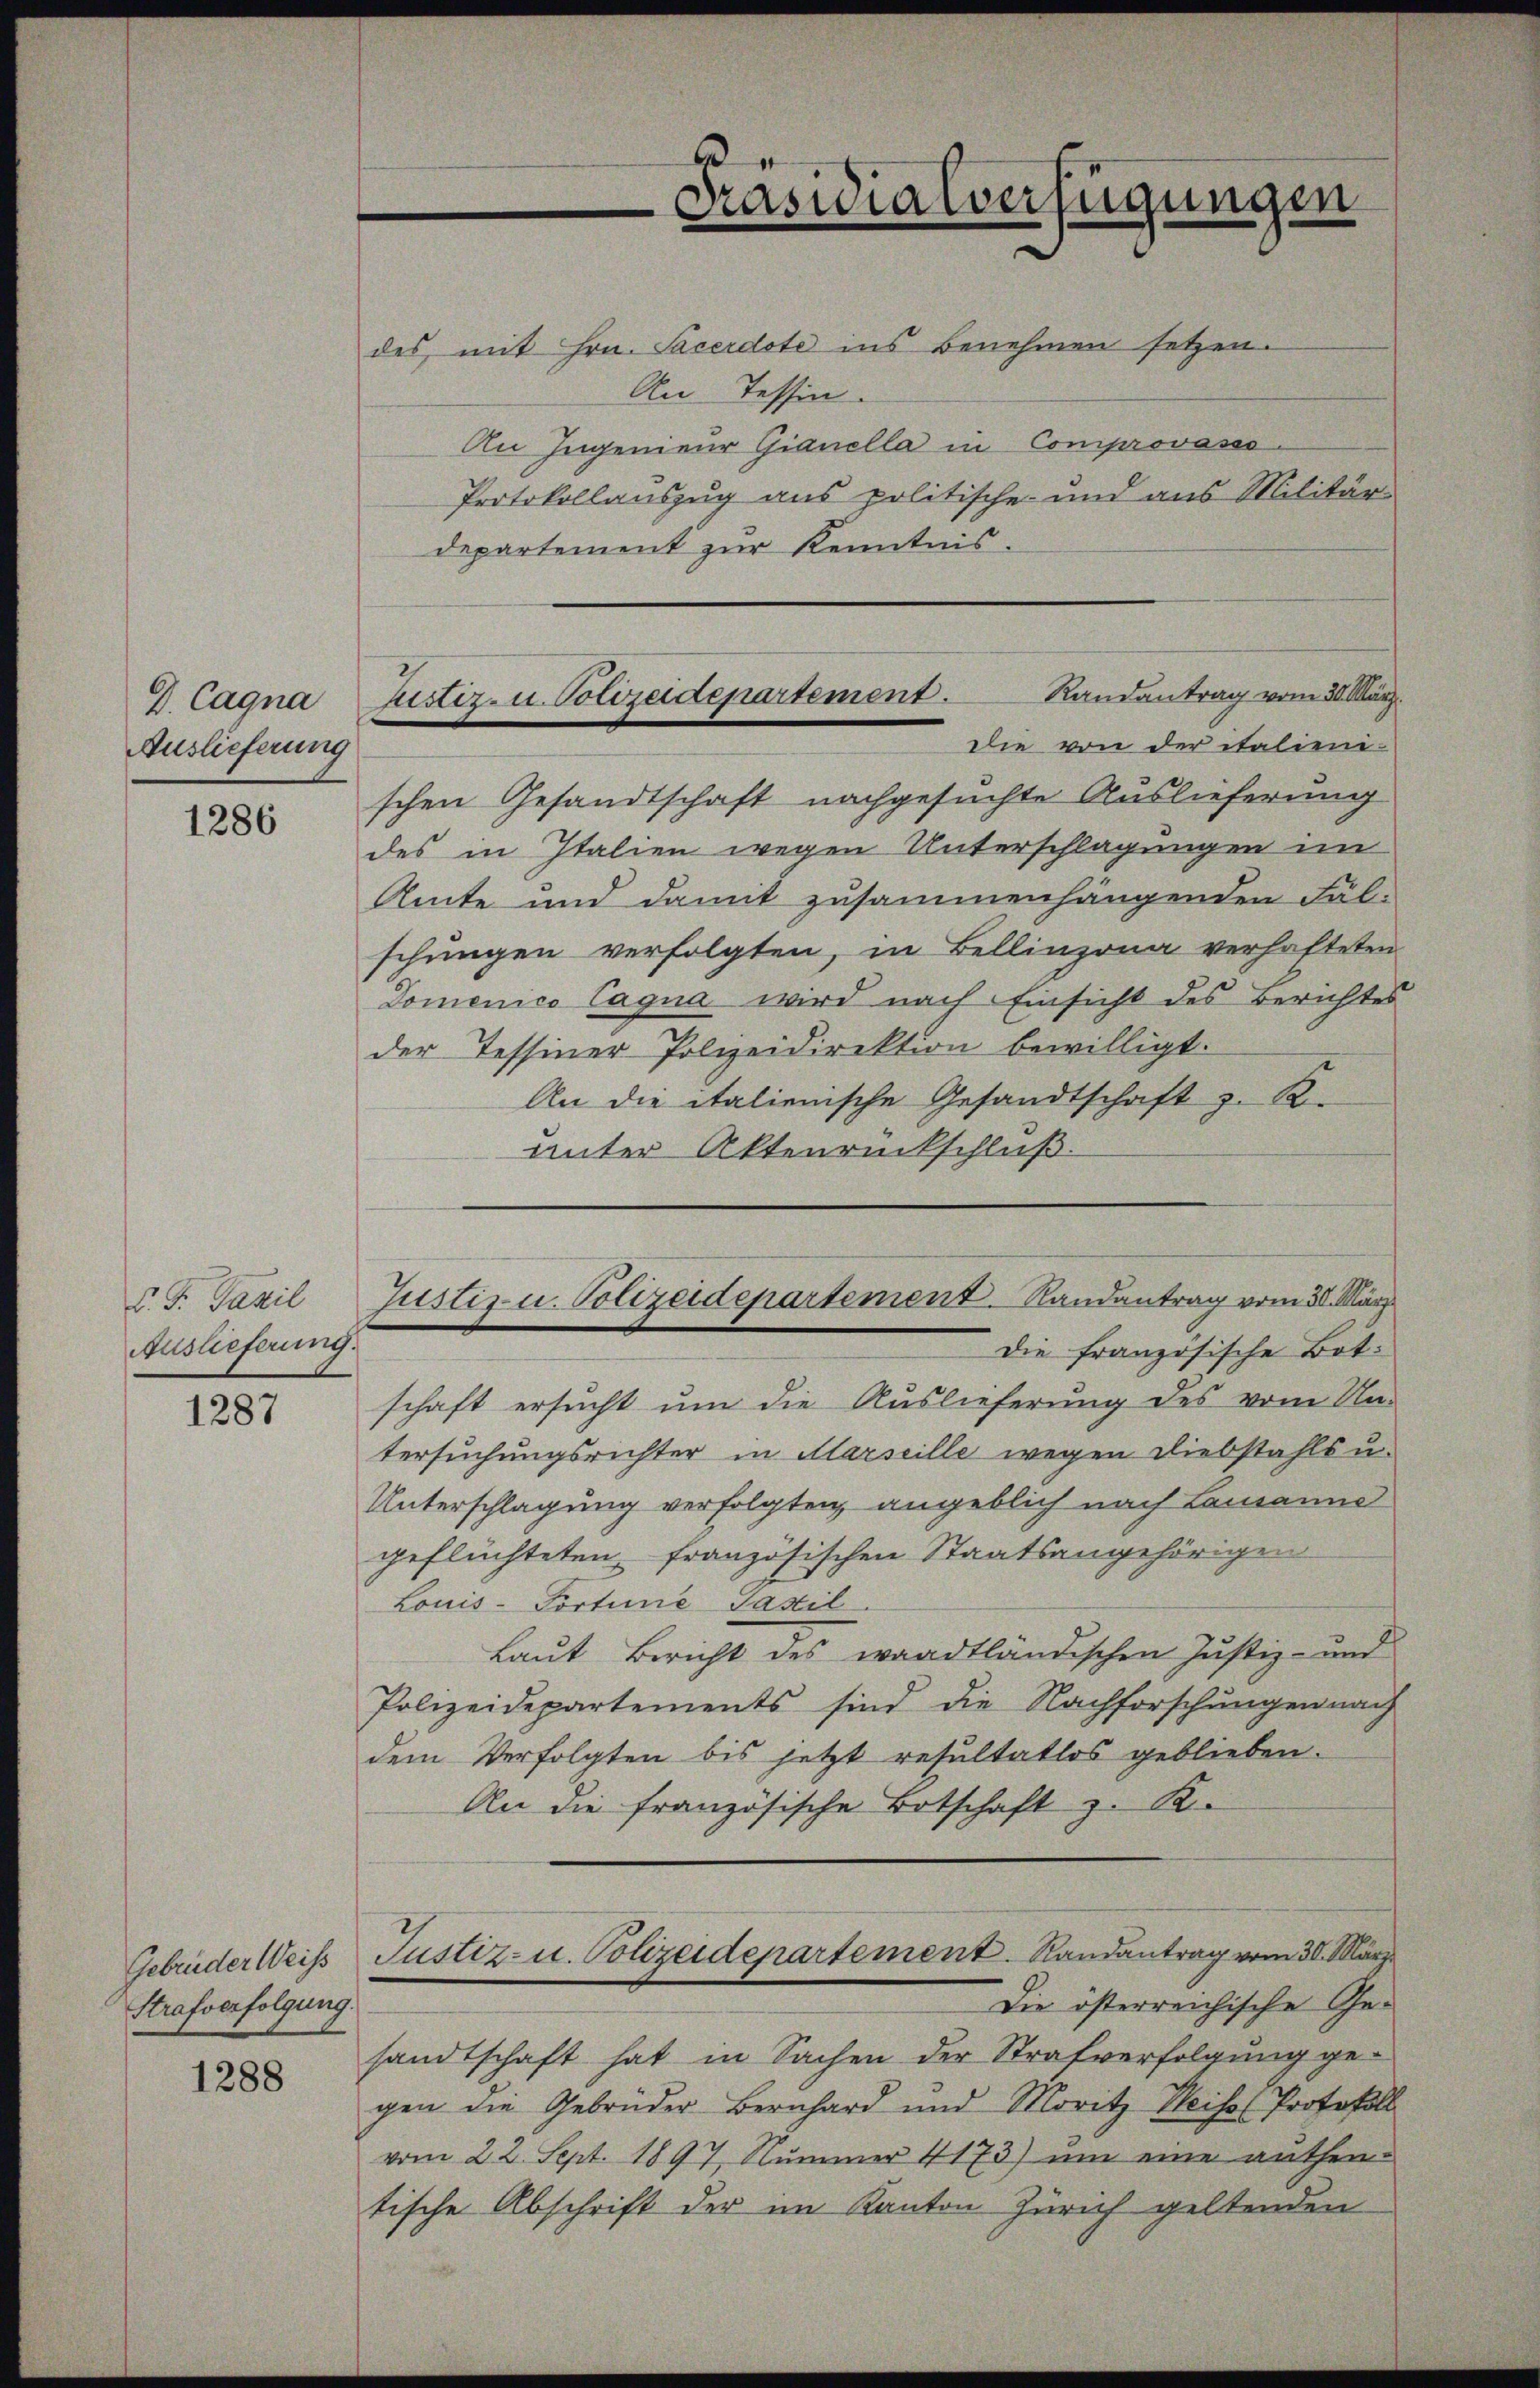
D. Cagna
Auslieferung

1286

v. J. Fazil
Auslieferung.

1287

Strafverfolgung.

1288

des mit Hrn. Sacerdote ins Benehmen setzen.
An Tessin.
An Ingenieur Gianella in Comprovasso-
Protokollauszug aus politische und aus Militär-
departement zur Kenntnis
Die von der italienischen Gesandtschaft nachgesuchte Auslieferung
des in Italien wegen Unterschlagungen im
Amte und damit zusammenhängenden Fäl-
schungen verfolgten, in Bellinzona verhafteten
Domenico Cagna wird nach Einsicht des Berichtes
der Tessiner Polizeidirektion bewilligt.
An die italienische Gesandtschaft z. R.
unter Aktenrückschluß.
Justiz u. Polizeidepartement. Randantrag vom 30. März
die französische Botschaft ersucht um die Auslieferung des vom Un-
tersuchungsrichter in Marseille wegen Diebstahls u.
Unterschlagung verfolgten, angeblich nach Lausanne
geflüchteten, französischen Staatsangehörigen
Louis-Portine Taxil.
Laut Bericht des waadtländischen Justiz- und
Polizeidepartements sind die Nachforschungen nach
dem Verfolgten bis jetzt resultatlos geblieben.
An die französische Botschaft z. B.
Gebrüder Weis Justiz- u. Polizeidepartement. Randantrag vom 30. März
Die österreichische Gesandtschaft hat in Sachen der Strafverfolgung gegen die Gebrüder Bernhard und Moritz Weises Protokoll
vom 22. Sept. 1897, Nummer 4173) um eine authentische Abschrift der im Kanton Zürich geltenden

Präsidialverfügungen

Randantrag vom 30. März.
Justiz- u. Polizeidepartement.